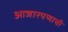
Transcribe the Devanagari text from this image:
आजारपणाची